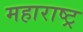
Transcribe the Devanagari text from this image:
महाराष्ट्र